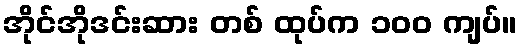
အိုင်အိုဒင်းဆား တစ် ထုပ်က ၁၀၀ ကျပ်။